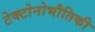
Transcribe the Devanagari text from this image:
टेक्टोनोभौतिकी